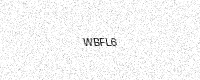
Text: WBFL6